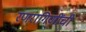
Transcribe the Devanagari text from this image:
रणरागिणींची